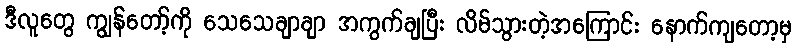
ဒီလူတွေ ကျွန်တော့်ကို သေသေချာချာ အကွက်ချပြီး လိမ်သွားတဲ့အကြောင်း နောက်ကျတော့မှ